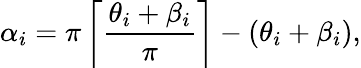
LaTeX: \alpha_{i}=\pi\left\lceil\frac{\theta_{i}+\beta_{i}}{\pi}\right\rceil-(\theta_{i}+\beta_{i}),